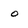
Character: o